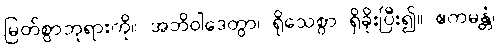
မြတ်စွာဘုရားကို။ အဘိဝါဒေတွာ၊ ရိုသေစွာ ရှိခိုးပြီး၍။ ဧကမန္တံ၊